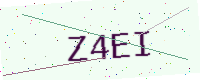
Text: Z4EI